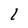
Character: l